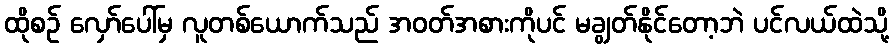
ထိုစဉ် လှော်ပေါ်မှ လူတစ်ယောက်သည် အဝတ်အစားကိုပင် မချွတ်နိုင်တော့ဘဲ ပင်လယ်ထဲသို့